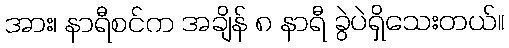
အား၊ နာရီစင်က အချိန် ၈ နာရီ ခွဲပဲရှိသေးတယ်။